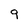
Character: 9